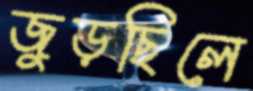
জুড়ছিলে